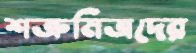
শত্রুমিত্রদের